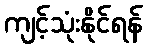
ကျင့်သုံးနိုင်ရန်